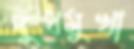
দুধমুখা